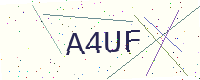
Text: A4UF